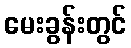
မေးခွန်းတွင်